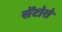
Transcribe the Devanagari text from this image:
सेंटोरो